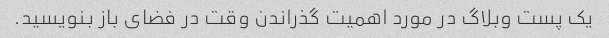
یک پست وبلاگ در مورد اهمیت گذراندن وقت در فضای باز بنویسید.